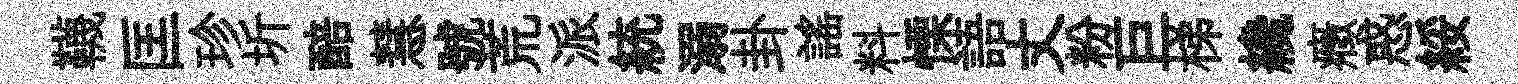
韈匡珍圻醅慧號荒派統溺卦謡料慄語丈粉巨梯纔癥惑綏